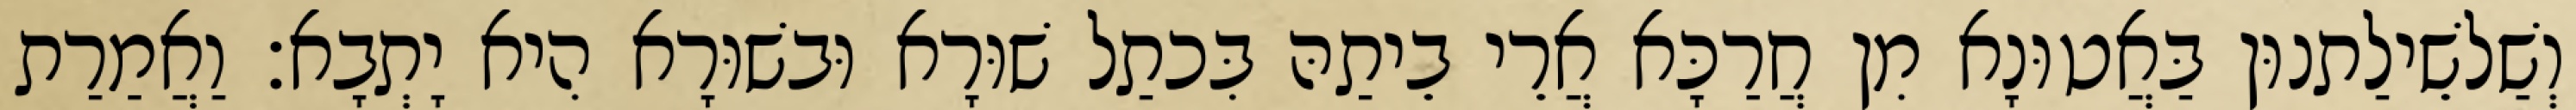
וְשַׁלשֵׁילַתנוּן בַּאֲטוּנָא מִן חֲרַכָּא אֲרֵי בֵיתַהּ בִּכתַל שׁוּרָא וּבשׁוּרָא הִיא יָתְבָא׃ וַאֲמַרַת